Medical and sanitary report of the native army of Bengal for the year
Year: 1874
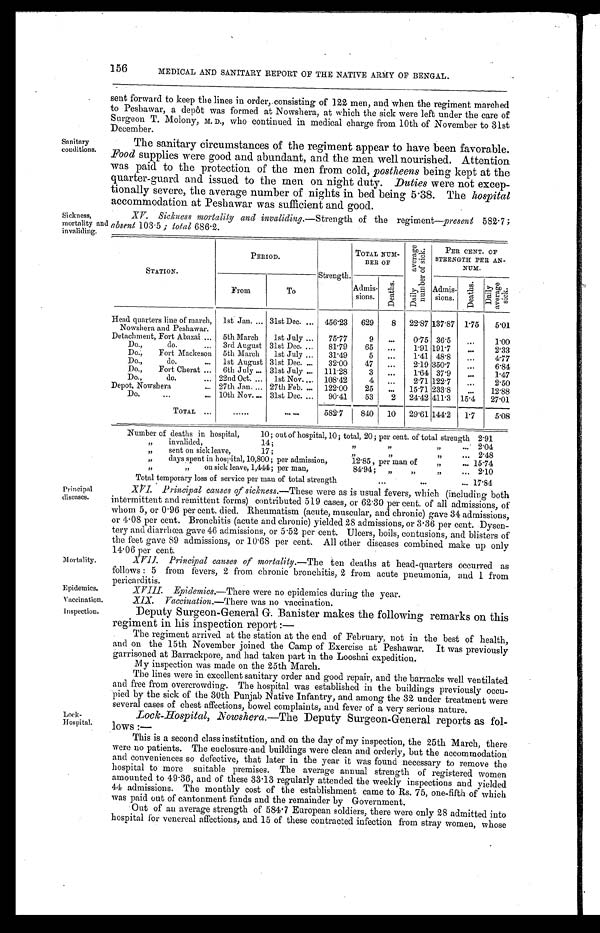
156
MEDICAL AND SANITARY REPORT OF THE NATIVE ARMY OF BENGAL.
Sanitary
conditions.
Sickness,
mortality and
invaliding.
sent forward to keep the lines in order, consisting of 122 men, and when the regiment marched
to Peshawar, a depôt was formed at Nowshera, at which the sick were left under the care of
Surgeon T. Molony, M. D. ,
w h o c o n t i n u e d i n m e d i c a l c h a r g e f r o m 1 0 t h o f N o v e m b e r t o 3 1 s t
December.
The sanitary circumstances of the regiment appear to have been favorable.
Food supplies were good and abundant, and the men well nourished. Attention
was paid to the protection of the men from cold, postheens being kept at the
quarter-guard and issued to the men on night duty. Duties were not excep
- t i o n a l l y s e v e r e , t h e a v e r a g e n u m b e r o f n i g h t s i n b e d b e i n g 5 . 3 8 . T h eh
o s p i t a l
accommodation at Peshawar was sufficient and good.
XV. Sickness mortality and invaliding. —Strength of the regiment—present 582.7;
absent 103.5; total 686.2.
STATION.
PERIOD.
Strength.
TOTAL NUM-
BER OF
D a i l y a v e r a g e n u m b e r o f s i c k .
P E R C E N T . O F S T R E N G T H P E R A n - N U M .
From
To
Admis- sions.
De a t h s .
Admis- sions.
D e a t h s . Daily average sick.
Head quarters line of march,
Nowshera and Peshawar.
1st Jan. 31st Dec.
456.23 629 8 22.87 137.87 1.75 5.01
Detachment, Fort Abazai
5th March 1st July
75.77
9
0.75 36.5
1.00
Do., do.
3rd August 31st Dec.
81.79 65
1.91 191.7
2.33
Do., Fort Mackeson 5th March 1st July
31.49
5
1.41 48.8
4.77
Do., do.
1st August 31st Dec.
32.00 47
2.19 350.7
6.84
Do., Fort Cherat
6th July 31st July
111.28
3
1 . 6 4 37.9
1.47
Do., do.
22nd Oct.
1st Nov.
108.42
4
2.71 122.7
2.50
Depot, Nowshera
27th Jan. 27th Feb.
122.00 25
15.71 233.8
12.88
Do.
10th Nov. 31st Dec.
90.41 53 2 24.42 411.3 15.4 27.01
TOTAL
582.7 840 10 29.61 144.2 1.7
5.08
Number of deaths in hospital, 10; out of hospital, 10; total, 20; per cent. of total strength 2.91
" invalided, 14; " " 2.04
" sent on sick leave, 17; " " " 2.48
" days spent in hospital, 10,800; per admission, 12.85, per man of " 15.74
" " on sick leave, 1,444; per man, 84.94; " " " 2.10
Total temporary loss of service per man of total strength
17.84
Principal
diseases.
Mortality.
Epidemics.
Vaccination,
Inspection.
Lock-
Hospital.
XVI. Principal causes of sickness.—These were as is usual fevers, which (including both
intermittent and remittent forms) contributed 519 cases, or 62.30 per cent. of all admissions, of
whom 5, or 0.96 per cent. died. Rheumatism (acute, muscular, and chronic) gave 34 admissions,
or 4.08 per cent. Bronchitis (acute and chronic) yielded 28 admissions, or 3.36 per cent. Dysen
-tery and diarrhœa gave 46 admissions, or 5.52 per cent. Ulcers, boils, contusions, and blisters of
the feet gave 89 admissions, or 10.68 per cent. All other diseases combined make up only
14.06 per cent.
XVII. Principal causes of mortality.—The ten deaths at head-quarters occurred as
follows: 5 from fevers, 2 from chronic bronchitis, 2 from acute pneumonia, and 1 from
pericarditis.
X V I I I . E p i d e m i c s .
— T h e r e w e r e n o e p i d e m i c s d u r i n g t h e y e a r .
XIX. Vaccination.—There was no vaccination.
Deputy Surgeon-General G. Banister makes the following remarks on this
regiment in his inspection report:—
The regiment arrived at the station at the end of February, not in the best of health,
and on the 15th November joined the Camp of Exercise at Peshawar. It was previously
garrisoned at Barrackpore, and had taken part in the Looshai expedition.
My inspection was made on the 25th March.
The lines were in excellent sanitary order and good repair, and the barracks well ventilated
and free from overcrowding. The hospital was established in the buildings previously occu
- p i e d b y t h e s i c k o f t h e 3 0 t h P u n j a b N a t i v e I n f a n t r y , a n d a m o n g t h e 3 2 u n d e r t r e a t m e n t w e r e
several cases of chest affections, bowel complaints, and fever of a very serious nature.
Lock-Hospital, Nowshera. —The Deputy Surgeon-General reports as fol
- l o w s : —
This is a second class institution, and on the day of my inspection, the 25th March, there
were no patients. The enclosure and buildings were clean and orderly, but the accommodation
and conveniences so defective, that later in the year it was found necessary to remove the
hospital to more suitable premises. The average annual strength of registered women
amounted to 49.36, and of these 33.13 regularly attended the weekly inspections and yielded
44 admissions. The monthly cost of the establishment came to Rs. 75, one-fifth of which
was paid out of cantonment funds and the remainder by Government.
Out of an average strength of 584.7 European soldiers, there were only 28 admitted into
hospital for venereal affections, and 15 of these contracted infection from stray women, whose